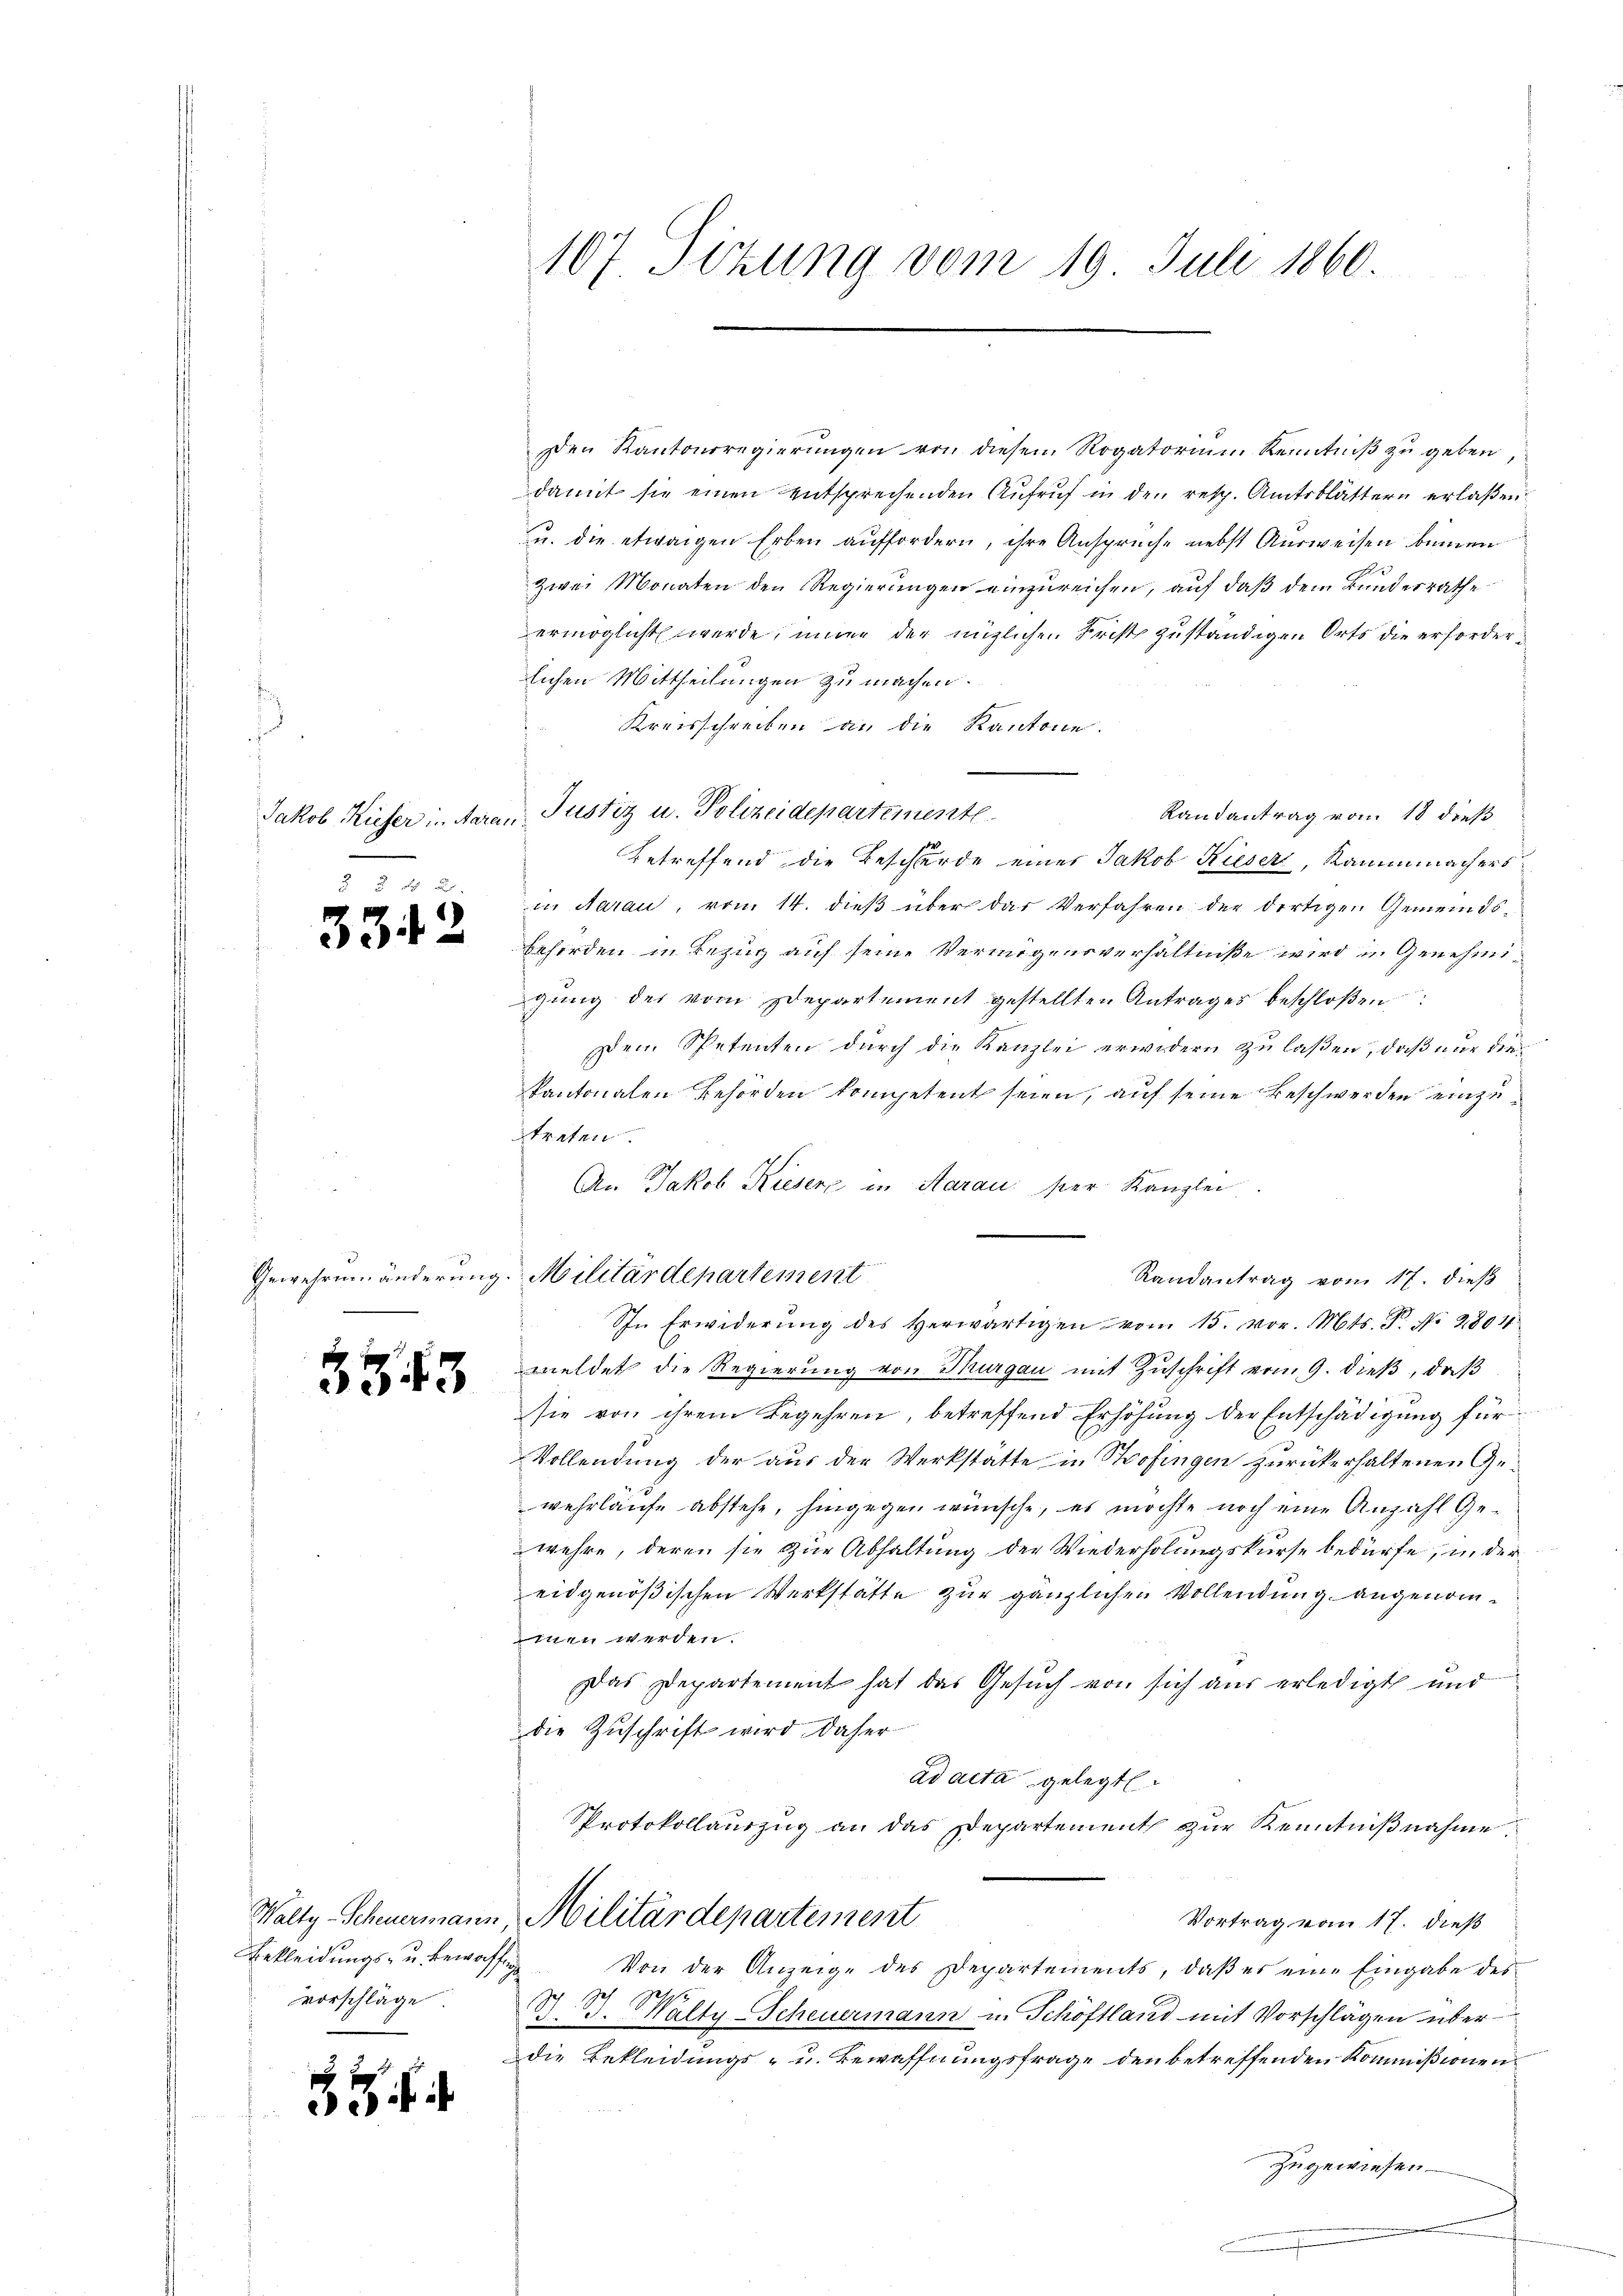
Jakob Kiefer in Aara

33.

3743

5

2

Gewehren änderung.

Walty-Scheuermann
Bekleidungs- u. bewaffen
vorschläge

¬

107. Sizung vom 19. Juli 1860.

Den Kantonsregierŭngen von diesen Rogatorium Kenntniβ zŭ geben
damit sie einen entsprechenden Aufruf in den resp. Amtsblättern erlaßen.
u. die etwaigen Erben auffordern, ihre Anspruche nebst Ausweisen beinen
Zwei Monaten den Regierungen einzureichen, auf daß dem Bundesrathe
ermöglicht werde, immer der möglichen Frist zuständigen Orts die erforderlichen Mittheilungen zu machen.
Kreisschreiben an die Kantone.
Justiz u. Polizeidepartemente
Randantrag vom 18 dieß
Betreffend die Beschwurde eines Jakob Kieser, Kammmachers
in daran, vom 14. dieß über das Verfahren der dortiger Gemeindsbehörden in Bezug auf seine Vermögensverhältniße wird in Genehmigŭng des vom Departement gestellten Antrages beschloßen
Dem Spetenten durch die Kanzlei erwidern zu laßen, daß nur die¬
Kantonalen Behörden kompetent seien, auf seine Beschwerden einzutreten
An Jakob Kiesere in Aarau ser Kanzlei
Militärdepartement
In Erwiderŭng des herwärtigen vom 15. vor. Mts. F. No. 2804.
meldet die Regierung von Thurgau mit Zuschrift vom 9. dieß, daß
sie von ihrem Begehren, betreffend Erhöhung der Entschädigung für
Vollendung der aus der Werkstatte in Stofingen zurückerhaltenen Gewehrlaufe abstehe, hingegen wünsche, es möchte noch eine Anzahl Gewehre, deren sie zur Abhaltung der Wiederholungskurse bedürfe, in der
eidgenößischen Werkstätte zur gänzlichen Vollendung angenominen werden.
Das Departement hat das Gesuch von sich aus erledigt und
die Zuschrift wird daher
ad acta gelegt
Protokollauszug an das Departement zur Kenntnißnahme
Militärdepartement
Vortrag vom 17. dieß
Von der Anzeige des Departements, daß es eine Eingabe des
S. B. Walty-Scheuermann in Schöftland mit Vorschlägen über
die Bekleidungs- u. Bewaffnungsfrage den betreffenden Kommißionen
zugewiesen

Randantrag vom 17. dieß